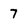
Character: 7